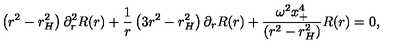
\left( r ^ { 2 } - r _ { H } ^ { 2 } \right) \partial _ { r } ^ { 2 } R ( r ) + \frac { 1 } { r } \left( 3 r ^ { 2 } - r _ { H } ^ { 2 } \right) \partial _ { r } R ( r ) + \frac { \omega ^ { 2 } x _ { + } ^ { 4 } } { ( r ^ { 2 } - r _ { H } ^ { 2 } ) } R ( r ) = 0 ,